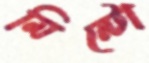
মিন্টো